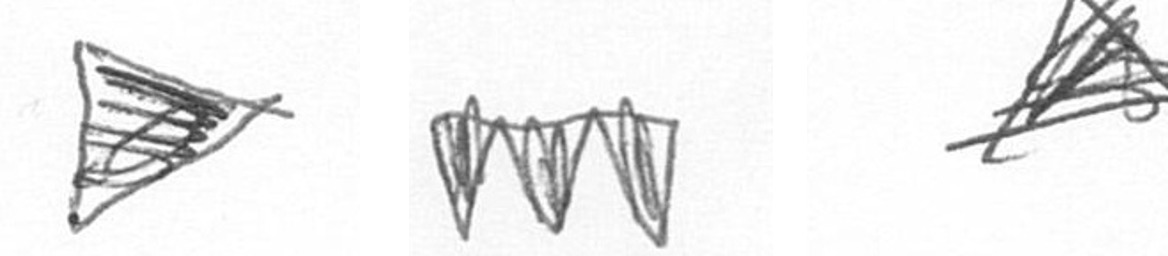
T L O